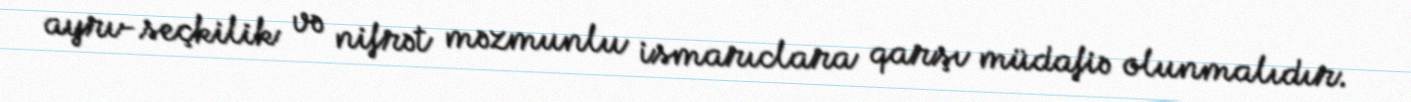
ayrı-seçkilik və nifrət məzmunlu ismarıclara qarşı müdafiə olunmalıdır.